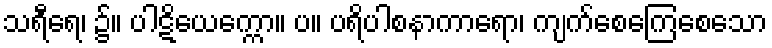
သရီရေ၊ ၌။ ပါဋိယေက္ကော။ ပ။ ပရိပါစနာကာရော၊ ကျက်စေကြေစေသော